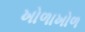
ખોળાખોળ